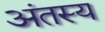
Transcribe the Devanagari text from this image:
अंतस्य